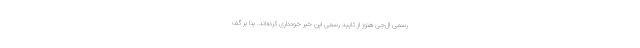
رسمی ال‌جی هنوز از تایید رسمی این خبر خودداری کرده‌اند. بنا بر گف